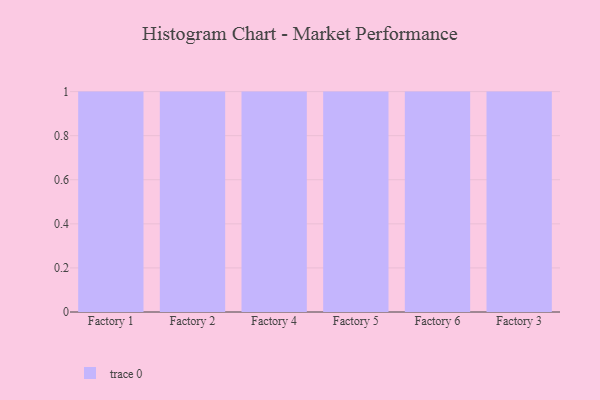
{"axis": {"x": "Factory", "y": "Revenue (USD Million)"}, "legend": [""], "data": [{"x": "Factory 1", "y": 54, "type": ""}, {"x": "Factory 2", "y": 14, "type": ""}, {"x": "Factory 4", "y": 7, "type": ""}, {"x": "Factory 5", "y": 78, "type": ""}, {"x": "Factory 6", "y": 90, "type": ""}, {"x": "Factory 3", "y": 1, "type": ""}]}